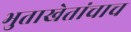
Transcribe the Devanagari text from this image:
भुताखेतांचाच